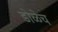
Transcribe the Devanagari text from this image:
डोळेच